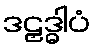
ဒဠှဒ္ဓါပံ